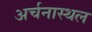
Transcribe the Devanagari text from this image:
अर्चनास्थल